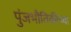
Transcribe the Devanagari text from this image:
पुंजभौतिकीच्या